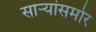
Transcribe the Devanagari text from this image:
साऱ्यांसमोर